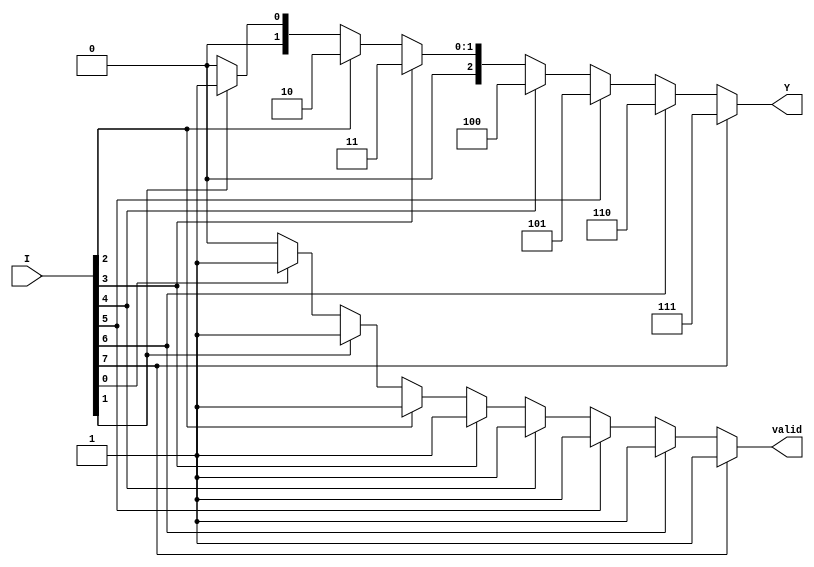
module encoder_8_to_3 (
    input wire [7:0] I,     // 8 input lines
    output reg [2:0] Y,     // 3 output lines
    output reg valid         // Valid signal
);
    
    always @(*) begin
        // Default output
        Y = 3'b000;         // Default output (when no inputs are active)
        valid = 1'b0;       // Default valid signal

        // Priority encoding logic
        if (I[7]) begin
            Y = 3'b111;     // I7 active
            valid = 1'b1;
        end else if (I[6]) begin
            Y = 3'b110;     // I6 active
            valid = 1'b1;
        end else if (I[5]) begin
            Y = 3'b101;     // I5 active
            valid = 1'b1;
        end else if (I[4]) begin
            Y = 3'b100;     // I4 active
            valid = 1'b1;
        end else if (I[3]) begin
            Y = 3'b011;     // I3 active
            valid = 1'b1;
        end else if (I[2]) begin
            Y = 3'b010;     // I2 active
            valid = 1'b1;
        end else if (I[1]) begin
            Y = 3'b001;     // I1 active
            valid = 1'b1;
        end else if (I[0]) begin
            Y = 3'b000;     // I0 active
            valid = 1'b1;
        end
    end
endmodule